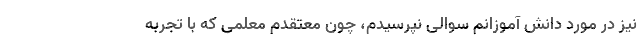
نیز در مورد دانش آموزانم سوالی نپرسیدم، چون معتقدم معلمی که با تجربه